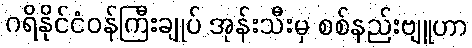
ဂရိနိုင်ငံဝန်ကြီးချုပ် အုန်းသီးမှ စစ်နည်းဗျူဟာ